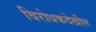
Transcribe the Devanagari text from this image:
विरोधकदेखील